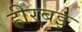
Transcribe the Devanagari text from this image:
हीरबइ